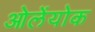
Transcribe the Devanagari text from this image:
ओलेंयोक